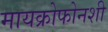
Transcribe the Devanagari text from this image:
मायक्रोफोनशी